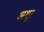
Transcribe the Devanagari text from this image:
अशूर